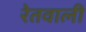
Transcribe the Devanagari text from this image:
रेतवाली